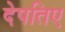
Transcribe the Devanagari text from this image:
देपतिए